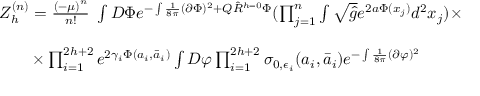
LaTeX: \begin{array} { l } { { Z _ { h } ^ { ( n ) } = \frac { \left( - \mu \right) ^ { n } } { n ! } \; \int D \Phi e ^ { - \int \frac { 1 } { 8 \pi } ( \partial \Phi ) ^ { 2 } + Q \hat { R } ^ { h = 0 } \Phi } ( \prod _ { j = 1 } ^ { n } \int \sqrt { \hat { g } } e ^ { 2 a \Phi ( x _ { j } ) } d ^ { 2 } x _ { j } ) \times } } \\ { { \nonumber } } \\ { { \qquad \times \prod _ { i = 1 } ^ { 2 h + 2 } e ^ { 2 \gamma _ { i } \Phi ( a _ { i } , \bar { a } _ { i } ) } \int D \varphi \prod _ { i = 1 } ^ { 2 h + 2 } \sigma _ { 0 , \epsilon _ { i } } ( a _ { i } , \bar { a } _ { i } ) e ^ { - \int \frac { 1 } { 8 \pi } ( \partial \varphi ) ^ { 2 } } } } \end{array}